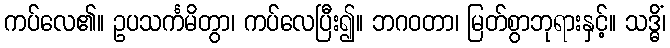
ကပ်လေ၏။ ဥပသင်္ကမိတွာ၊ ကပ်လေပြီး၍။ ဘဂဝတာ၊ မြတ်စွာဘုရားနှင့်။ သဒ္ဓိံ၊